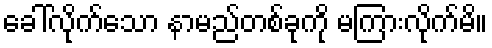
ခေါ်လိုက်သော နာမည်တစ်ခုကို မကြားလိုက်မိ။